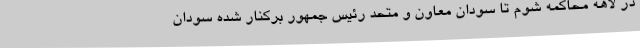
در لاهه محاکمه شوم تا سودان معاون و متحد رئیس جمهور برکنار شده سودان